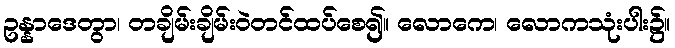
ဥန္နာဒေတွာ၊ တချိမ်းချိမ်းဝဲတင်ထပ်စေ၍။ လောကေ၊ လောကသုံးပါး၌။